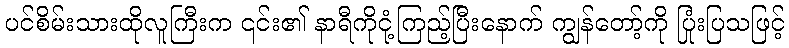
ပင်စိမ်းသားထိုလူကြီးက ၎င်း၏ နာရီကိုငုံ့ကြည့်ပြီးနောက် ကျွန်တော့်ကို ပြုံးပြသဖြင့်